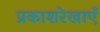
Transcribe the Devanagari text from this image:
प्रकाशरेखाएँ